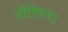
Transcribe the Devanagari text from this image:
प्रीमियर।